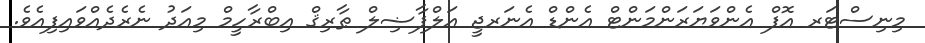
މިނިސްޓަރ އޮފް އެންވަޔަރަންމަންޓް އެންޑް އެނަރޖީ އަލްފާޟިލް ޠާރިޤް އިބްރާހީމް މިއަދު ނެރެދެއްވައިފިއެވެ.